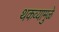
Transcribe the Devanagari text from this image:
थकव्यामुळे